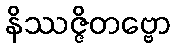
နိဿဇ္ဇိတဗ္ဗော